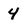
Character: 4